Statistical return of the lunatic asylum in Assam - 1912-1932
Year: 1912
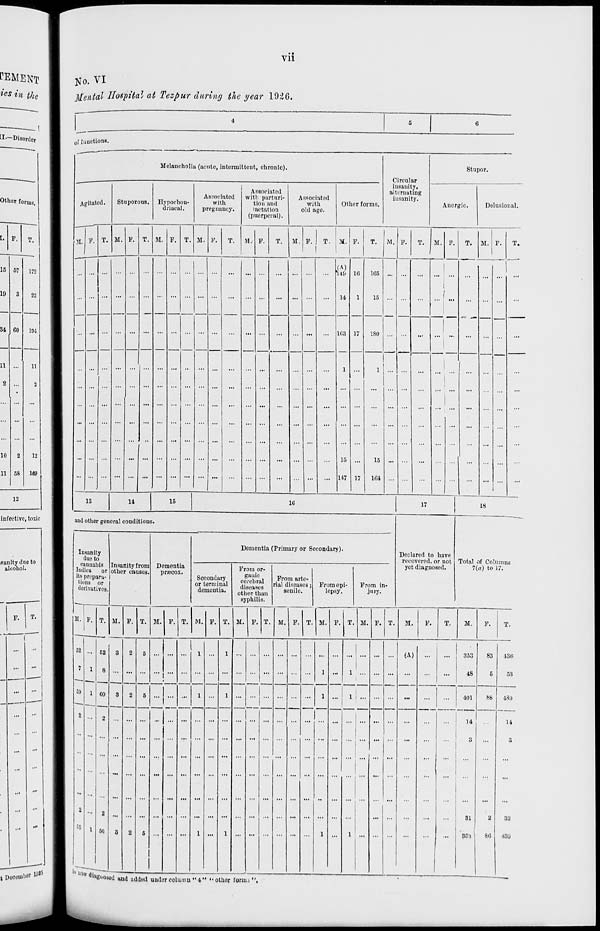
Vll
PEMENT
ics in the
[I—Disorder
Other forms
I. F.
15 57
19
3
84 60
11
2
•
172
in:
11
2
10
11
12
169
12
infective, toxic
isanity due to
alcohol.
F.
No. VI
Mental Hospital at Tezpur during the year 1926.
of functions.
Doceuibei' t 1D15
•—"
Melancholia (acute, intermittent, chronic).
Stupor.
Circular
insanity,
alternating
insanity.
Agitated.
Stuporous. Hypochon-
driacal.
Associated
with
pregnancy.
Associated
with parturi-
tion and
lactation
(puerperal).
Associated
with
old age.
Other forms.
Anergic.
Dolusional.
M. F. T. M. P. T. M. F. T. M. V, T. M. F. T. M. P. T. M. I '" T " M. F. T. M. F. T. M. F T.
...
...
...
"1 ... .(A)
146 1 G
105 ...
...
... , ...
...
.
... ...
... ...
... ...
...
... ...
...
...
...
14
1
15
... | ...
...
.
...
... ...
...
... ...
... ...
... ...
168 . 17
180
..,
...
j
...
.
... ...
... ...
...
...
...
...
...
...
... ...
...
1
1 ...
...
...
i
1
...
.
...
...
...
... ...
... ...
...
...
...
...
...
...
1 ...
15
147
15
17
164
...
...
...
... .
)
..
13
14
15
16
17
18
and other general conditions.
Insanity
duo to
cannabis
Indiea or
its prepara-
tions or
derivatives.
Insanity from
other causes.
Dementia
priecox.
Dementia (Primary or Secondary).
Declared to have
recovered, or not
yet diagnosed.
Total of Columns
Secondary
or terminal
dementia.
From or-
ganic
cerebral
diseases
other than
From arte-
rial diseases;
senilo.
From epi-
lepsy.
From in-
jury-
7(a) to 17.
syphilis.
1
M. F. T. M. F. T. M. F. T. M. F. T. M. P. I . M. F. T. M. P, T . M. P. T. M.
P.
T.
M.
F.
T.
52 ... 52
3
2
5 ... ...
1 ...
1 ...
.
...
L ... (A) ... ... 353 83 136
7 1
8
...
.
...
1
1 1
... ...
...
...
48
5
53
59 1 60
3
2
6 ... :: 7 1 7 1 ... ...1.
...
1
... ...
...
...
...
...
1 ...
401
88
439
2
...
o
... ...
...
... ... ... ...
... ...
...1
. ...
... ... ...
1 ""
...
...
...
...
...
14
3
...
14
3
i ... 2 ... ... ... ... ... ... ... ... ... ... ... . . ... ... ... ...
1
... ...
...
...
...
31
t
33
55
is ii
1 5«
3
2
5
1
1
1
1
85'i
86
•13'J